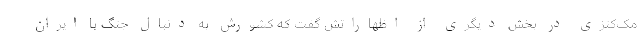
مک‌کنزی در بخش دیگری از اظهاراتش گفت که کشورش به دنبال جنگ با ایران